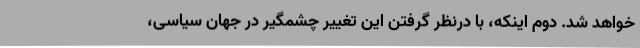
خواهد شد. دوم اینکه، با درنظر گرفتن این تغییر چشمگیر در جهان سیاسی،